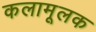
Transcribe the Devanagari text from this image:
कलामूलक